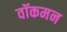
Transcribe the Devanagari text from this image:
वॉकमन